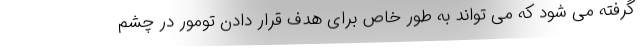
گرفته می شود که می تواند به طور خاص برای هدف قرار دادن تومور در چشم